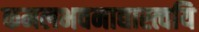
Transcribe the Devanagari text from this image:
कमलभवनाद्यास्त्वयि